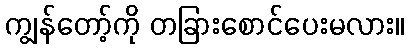
ကျွန်တော့်ကို တခြားစောင်ပေးမလား။